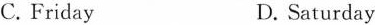
C. Friday D. Saturday